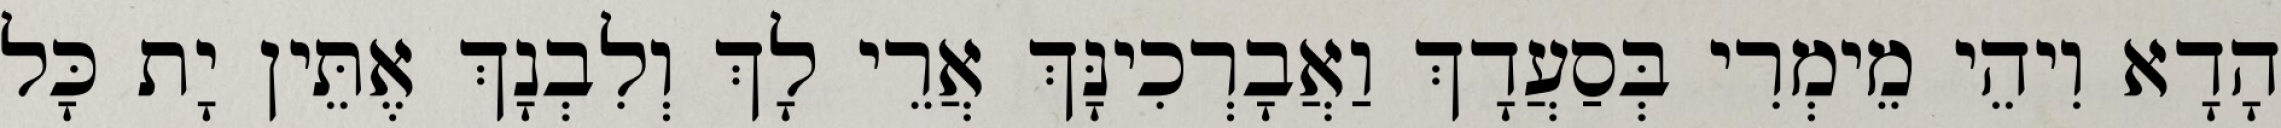
הָדָא וִיהֵי מֵימְרִי בְּסַעֲדָךְ וַאֲבָרְכִינָּךְ אֲרֵי לָךְ וְלִבְנָךְ אֶתֵּין יָת כָּל